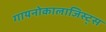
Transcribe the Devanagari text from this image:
गायनोकालाजिस्ट्स